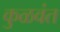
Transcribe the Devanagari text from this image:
कुळवंत